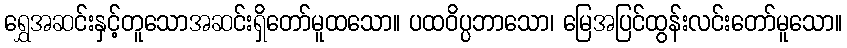
ရွှေအဆင်းနှင့်တူသောအဆင်းရှိတော်မူထသော။ ပထဝိပ္ပဘာသော၊ မြေအပြင်ထွန်းလင်းတော်မူသော။